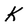
Character: k